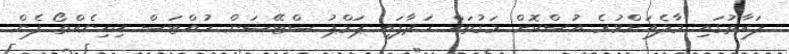
ފަރާތުގައި މާލެއަށްވުރެ އުސްކޮށް މަގުތައް ހަދާފައި ޕަމްޕު ސްޓޭޝަން ހުއްޓަސް ކިހިނެއްތޯ ފެން